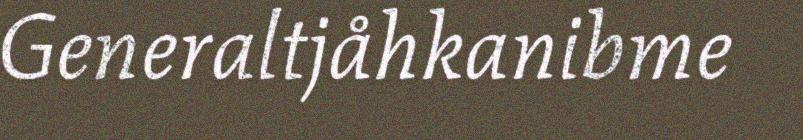
Generaltjåhkanibme